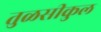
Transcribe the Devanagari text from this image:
तुळसीकुल